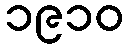
၁၉၁၀